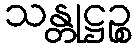
သန္တုဋ္ဌဉ္စ